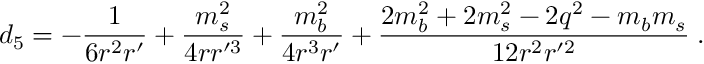
d _ { 5 } = - { \frac { 1 } { 6 r ^ { 2 } r ^ { \prime } } } + { \frac { m _ { s } ^ { 2 } } { 4 r r ^ { \prime 3 } } } + { \frac { m _ { b } ^ { 2 } } { 4 r ^ { 3 } r ^ { \prime } } } + { \frac { 2 m _ { b } ^ { 2 } + 2 m _ { s } ^ { 2 } - 2 q ^ { 2 } - m _ { b } m _ { s } } { 1 2 r ^ { 2 } r ^ { \prime 2 } } } \; .